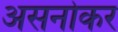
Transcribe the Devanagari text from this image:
असनोकर